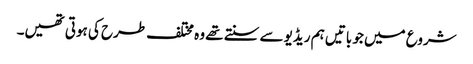
شروع میں جو باتیں ہم ریڈیو سے سنتے تھے وہ مختلف طرح کی ہوتی تھیں۔